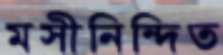
মসীনিন্দিত